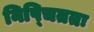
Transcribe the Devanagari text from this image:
निष्चिततः